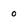
Character: 0